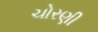
ચોરણી